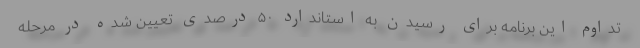
تداوم این برنامه برای رسیدن به استاندارد ۵۰ درصدی تعیین شده در مرحله